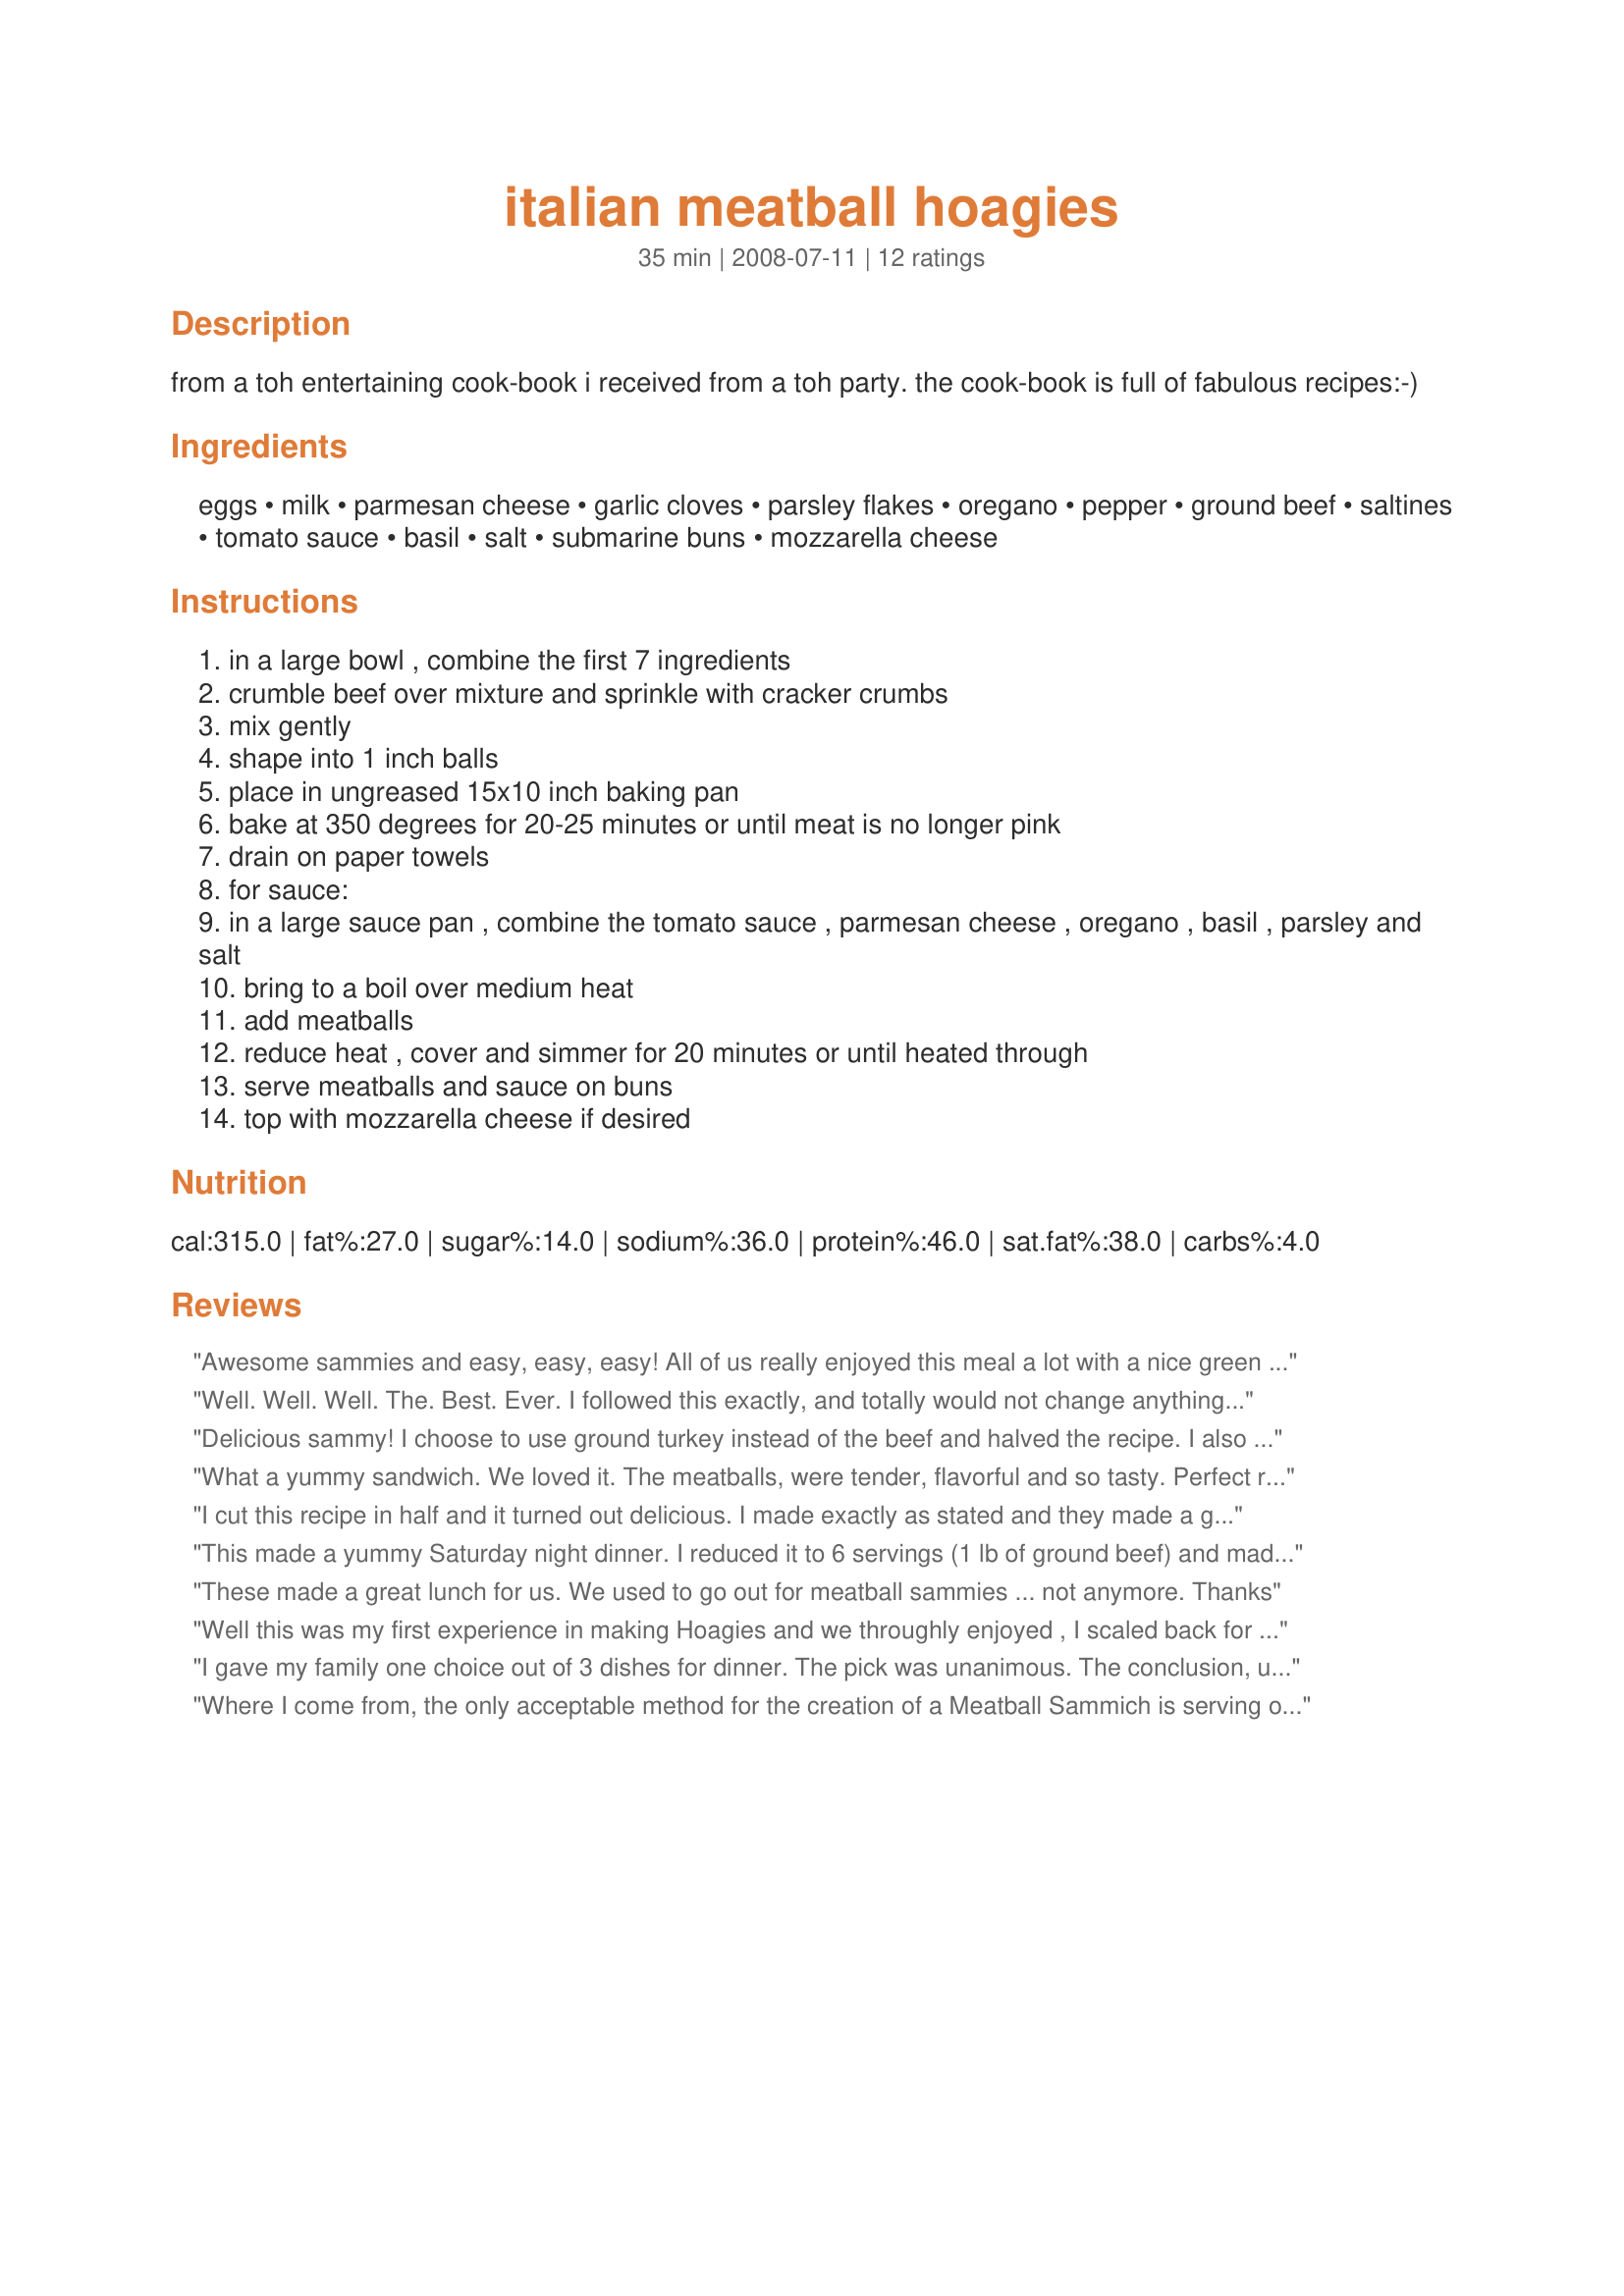
italian meatball hoagies
Preparation time: 35 minutes

from a toh entertaining cook-book i received from a toh party. the cook-book is full of fabulous recipes:-)

Ingredients:
eggs, milk, parmesan cheese, garlic cloves, parsley flakes, oregano, pepper, ground beef, saltines, tomato sauce, basil, salt, submarine buns, mozzarella cheese

Steps:
in a large bowl , combine the first 7 ingredients
crumble beef over mixture and sprinkle with cracker crumbs
mix gently
shape into 1 inch balls
place in ungreased 15x10 inch baking pan
bake at 350 degrees for 20-25 minutes or until meat is no longer pink
drain on paper towels
for sauce:
in a large sauce pan , combine the tomato sauce , parmesan cheese , oregano , basil , parsley and salt
bring to a boil over medium heat
add meatballs
reduce heat , cover and simmer for 20 minutes or until heated through
serve meatballs and sauce on buns
top with mozzarella cheese if desired

Reviews:
Awesome sammies and easy, easy, easy! All of us really enjoyed this meal a lot with a nice green salad. I made this as listed, including the mozzarella (of course!) and wouldn't change it next time. Made for Zaar Stars tag game. Thanks CoffeeB! :)
Well. Well. Well. The. Best. Ever. I followed this exactly, and totally would not change anything. Ok, I quartered it, but still this is the bomb. You don't need my accolades to make this a winner, but still I will say...it is. I love, love, love the use of saltines.Seriously, this is a under utilized addition that really is economical and tastes great! I even kept it *the sandwich in the oven a bit until DH came home, and it only made it more delicious. How wonderful! Thanks so much CB, you made my day! Made for *Everyday is a Holiday* October 2009
Delicious sammy! I choose to use ground turkey instead of the beef and halved the recipe. I also didn't shape the meat into balls. Instead made cylinders, as I don't care for the balls moving around and falling off of the bun. As a result, I didn't heat them in the sauce. Spooned it on top instead and used provolone cheese. Personal preference. :)
What a yummy sandwich. We loved it. The meatballs, were tender, flavorful and so tasty. Perfect ratio of meat and tomato sauce. Can't wait to make this hoagie again. I made it exactly as written, very quick and easy to make. Thanks so much for sharing your recipe Coffee.
I cut this recipe in half and it turned out delicious. I made exactly as stated and they made a great dinner! My family loved them. Thanks for sharing.
This made a yummy Saturday night dinner. I reduced it to 6 servings (1 lb of ground beef) and made 8 large 3" diameter meatballs. I also only used 1 egg as we find the standard to be 1 egg to 1 lb ground meat. They held together very nicely. I also omitted the parmesan cheese altogether in the meatballs as well as the sauce for personal preference. For the sauce, I made as directed just adding some olive oil and a pinch of sugar. For the buns, I used Recipe #312865. For prep, I split the meatballs in half for sturdiness on the bread, spread some sauce on the top portion of the buns and sprinkled it with mozerella cheese. I then placed the hoagies under the broiler for a few minutes to melt the cheese. Delicious!
These made a great lunch for us. We used to go out for meatball sammies ... not anymore. Thanks
Well this was my first experience in making Hoagies and we throughly enjoyed , I scaled back for 3 srves and got 16 balls but only needed 4 per roll so had a serve of balls and sauce which will be used in sandwiches for lunch and I seved with recipe #225836 on the side wich was a great complemtnt to the Hogie, Thank you CoffeeB for tor the recipe and lazyme for the recommendation.
I gave my family one choice out of 3 dishes for dinner. The pick was unanimous. The conclusion, unanimous again...5's! Oh, in my part of the country we would call this a meatball po-boy. Made for Everyday's a Holiday Event May '09
Where I come from, the only acceptable method for the creation of a Meatball Sammich is serving on grilled bread and smashing the meatballs. This meatball hoagie lacks lettuce, tomato, and onion.
Absolutely delicious! Melt in your mouth meatballs! The flavors are spot on!!! This will be great to make for football parties, and the next potluck! Thanks Coffee! This is a keeper! Made for Every Day is a Holiday!
Wow, great meatballs! Really good flavor. My little girl loved these. We had them for her 6th birthday party. I had to try them with all the great reviews and I'm glad I did. Thanks, Coffee!
